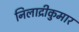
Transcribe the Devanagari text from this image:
निलाद्रीकुमार